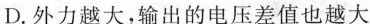
D. 外力越大，输出的电压差值也越大